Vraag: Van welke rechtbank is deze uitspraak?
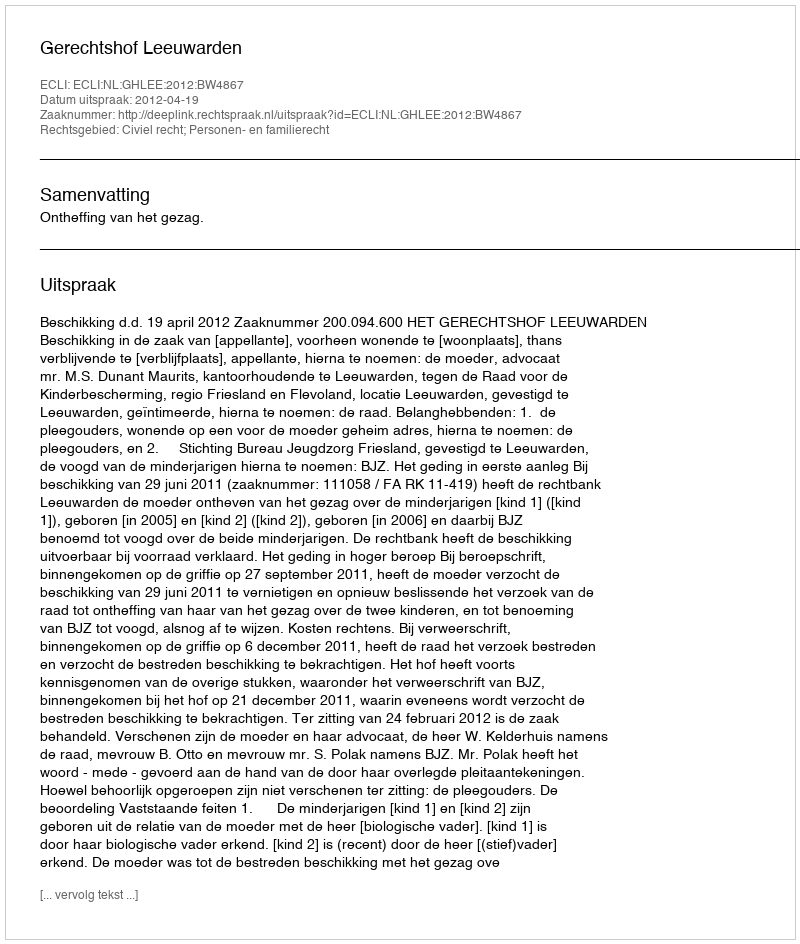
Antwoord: Gerechtshof Leeuwarden